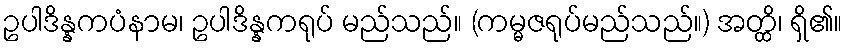
ဥပါဒိန္နကပံနာမ၊ ဥပါဒိန္နကရုပ် မည်သည်။ (ကမ္မဇရုပ်မည်သည်။) အတ္ထိ၊ ရှိ၏။